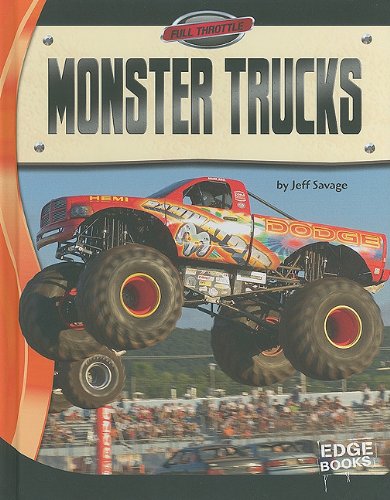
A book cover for Monster Trucks (Full Throttle); Jeff Savage; Children's Books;